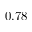
0 . 7 8